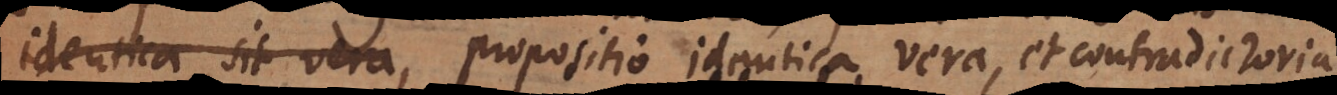
identica sit vera, propositio identica vera, et contradictori